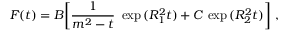
F ( t ) = B { \left[ \frac { 1 } { m ^ { 2 } - t } \ \exp { ( R _ { 1 } ^ { 2 } t ) } + C \, \exp { ( R _ { 2 } ^ { 2 } t ) } \right] } \ ,